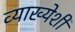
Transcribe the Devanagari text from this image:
व्याख्येशी